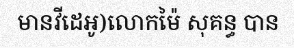
មានវីដេអូ)លោកម៉ៃ សុគន្ធ បាន